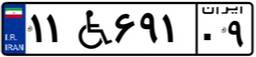
۱۱W۶۹۱۰۹